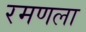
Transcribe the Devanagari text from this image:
रमणला